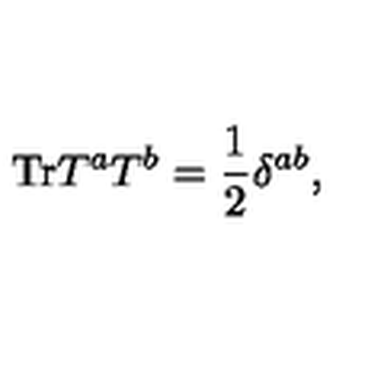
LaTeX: \mathrm { T r } T ^ { a } T ^ { b } = \frac { 1 } { 2 } \delta ^ { a b } ,